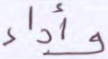
وأداء